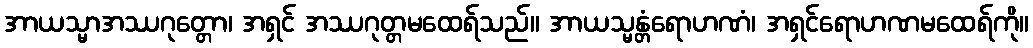
အာယသ္မာအဿဂုတ္တော၊ အရှင် အဿဂုတ္တမထေရ်သည်။ အာယသ္မန္တံရောဟဏံ၊ အရှင်ရောဟဏမထေရ်ကို။